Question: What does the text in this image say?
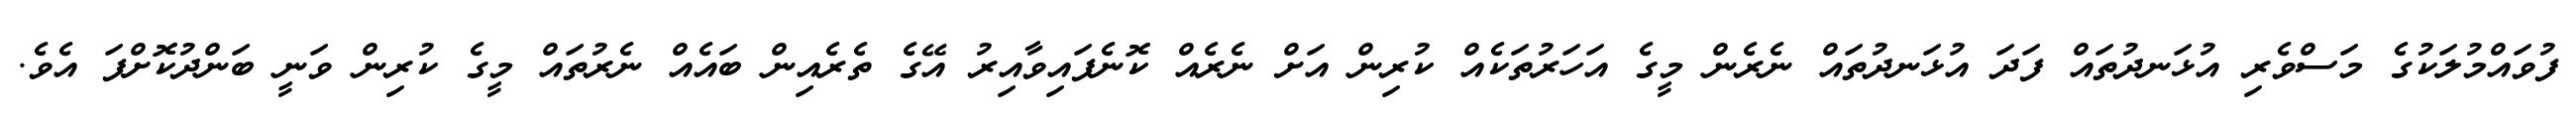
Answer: ފުވައްމުލަކުގެ މަސްވެރި އުޅަނދުތައް ފަދަ އުޅަނދުތައް ނެރެން މީގެ އަހަރުތަކެއް ކުރިން އަށް ނެރެއް ކޮނެފައިވާއިރު އޭގެ ތެރެއިން ބައެއް ނެރުތައް މީގެ ކުރިން ވަނީ ބަންދުކޮށްފަ އެވެ.